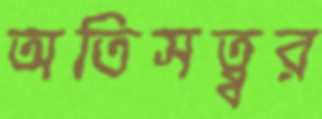
অতিসত্ব্বর